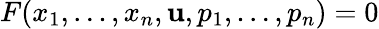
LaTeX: F(x_{1},\dots,x_{n},\mathbf{u},p_{1},\dots,p_{n})=0